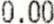
0.00